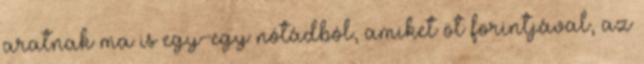
aratnak ma is egy-egy nótádból, amiket öt forintjával, az